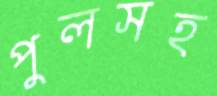
পুলসহ